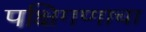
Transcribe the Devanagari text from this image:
पक्षिगणाचा